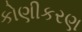
કોણીકરણ